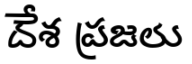
దేశ ప్రజలు